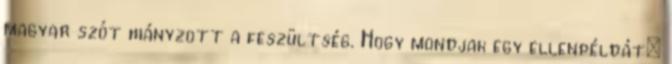
magyar szót hiányzott a feszültség. Hogy mondjak egy ellenpéldát: